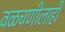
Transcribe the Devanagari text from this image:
वळचणीलाही